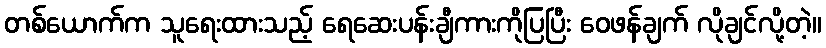
တစ်ယောက်က သူရေးထားသည့် ရေဆေးပန်းချီကားကိုပြပြီး ဝေဖန်ချက် လိုချင်လို့တဲ့။